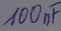
Text: 100nF